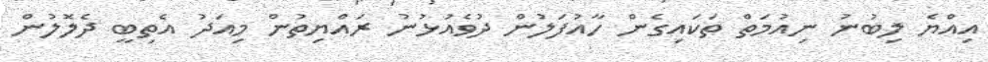
އިއްޔެ ލިބުނު ނިއުމަތް ތަކައިގެން ހާއުފަލުން ދުވެއުޅުނު ރައްޔިތުން މިއަދު އެތިބީ ދެލޮލުން